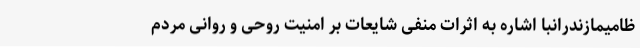
ظامیمازندرانبا اشاره به اثرات منفی شایعات بر امنیت روحی و روانی مردم